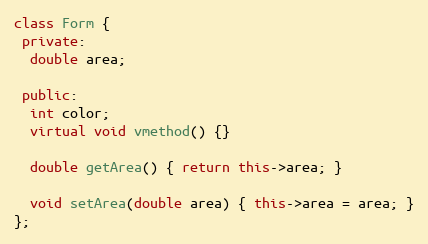
Language: C++
class Form {
 private:
  double area;

 public:
  int color;
  virtual void vmethod() {}

  double getArea() { return this->area; }

  void setArea(double area) { this->area = area; }
};